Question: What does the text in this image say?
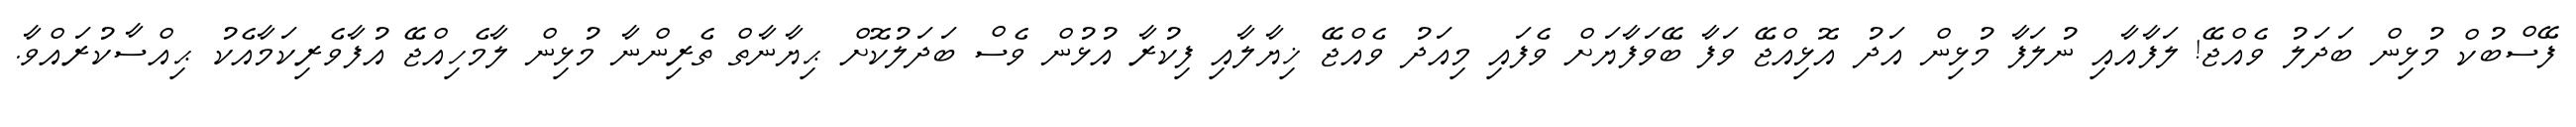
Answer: ފޭސްބުކް މުޅިން ބަދަލު ވެއްޖޭ! ލަފާއާއި ނުލަފާ މުޅިން އަދު އޮޅިއްޖޭ ވަފާ ބޭވަފާޔަށް ވެފައި މިއަދު ވެއްޖޭ ޚިޔާލާއި ފިކުރާ އުޅުން ވެސް ބަދަލުކޮށް ޙިޔާނާތް ތެރިންނާ މުޅިން ލާމެހިއްޖޭ އުފާވެރިކަމާއެކު ޙިއްސާކުރައްވާ.